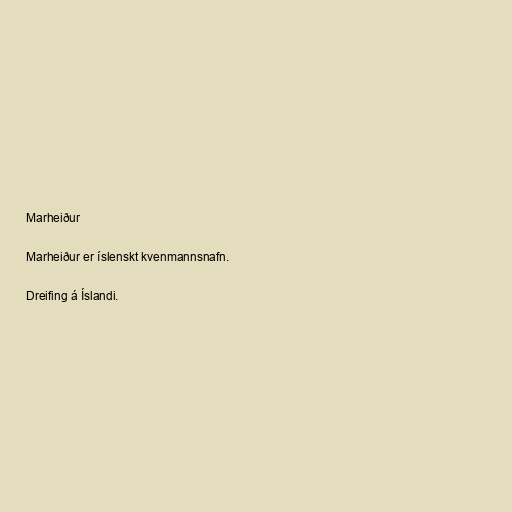
Marheiður

Marheiður er íslenskt kvenmannsnafn.

Dreifing á Íslandi.